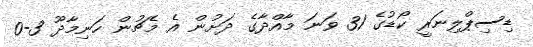
ޑިސިޕްލިނަރީ ކޯޑުގެ 31 ވަނަ މާއްދާގެ ދަށުން އެ މެޗުން ހަނިމާދޫ 3-0